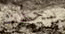
يحدث